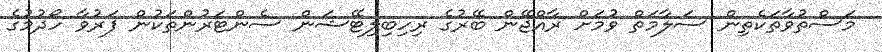
މަސްތުވާތަކެތިން ސަލާމަތް ވުމަށް ރާއްޖޭން ބޭރުގެ ރިހިބިލިޓޭޝަން ސެންޓަރުންތަކުން ފަރުވާ ހޯދުމުގެ